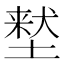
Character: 𫮜